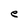
Character: e